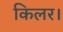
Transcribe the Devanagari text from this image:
किलर।